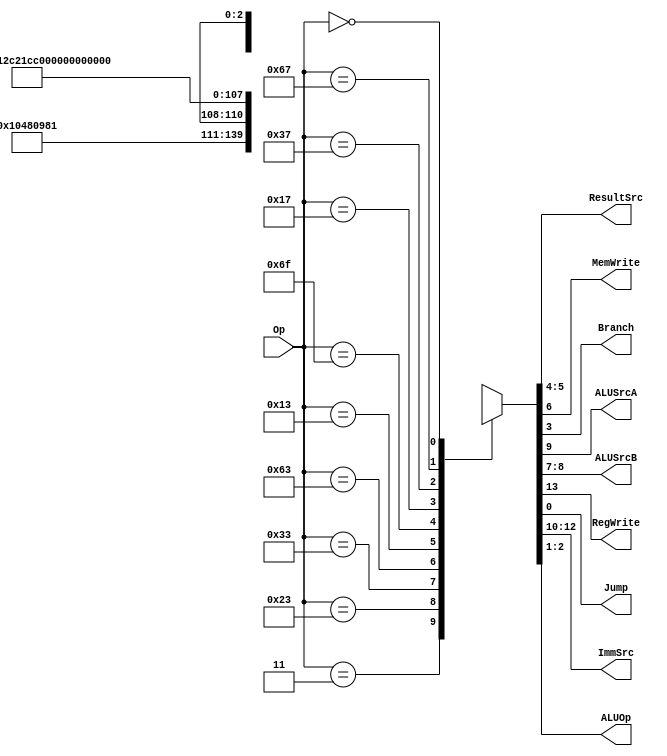
module Main_Decoder(
	input [6:0] Op,
	output [1:0] ResultSrc,
	output MemWrite,
	output Branch, ALUSrcA, 
	output [1:0] ALUSrcB,
	output RegWrite, Jump,
	output [2:0] ImmSrc,
	output [1:0] ALUOp
);
	
reg [13:0] controls;
assign {RegWrite, ImmSrc, ALUSrcA, ALUSrcB, MemWrite, ResultSrc, Branch, ALUOp, Jump} = controls;

always @ (*)
	case(Op)
	// RegWrite_ImmSrc_ALUSrcA_ALUSrcB_MemWrite_ResultSrc_Branch_ALUOp_Jump
		7'b0000011: controls = 14'b1_000_0_01_0_01_0_00_0; // lw
		7'b0100011: controls = 14'b0_001_0_01_1_00_0_00_0; // sw
		7'b0110011: controls = 14'b1_xxx_0_00_0_00_0_10_0; // Rtype
		7'b1100011: controls = 14'b0_010_0_00_0_00_1_01_0; // B-type
		7'b0010011: controls = 14'b1_000_0_01_0_00_0_10_0; // Itype ALU
		7'b1101111: controls = 14'b1_011_0_00_0_10_0_00_1; // jal
		7'b0010111: controls = 14'b1_100_1_10_0_00_0_00_0; // auipc // PC Target for SrcB
		7'b0110111: controls = 14'b1_100_1_01_0_00_0_00_0; // lui
		7'b1100111: controls = 14'b1_000_0_01_0_10_0_00_1; // jalr
		7'b0000000: controls = 14'b0_000_0_00_0_00_0_00_0; // for default values on reset
		
		default: 	controls = 14'bx_xxx_x_xx_x_xx_x_xx_x; // instruction not implemented
	endcase
endmodule